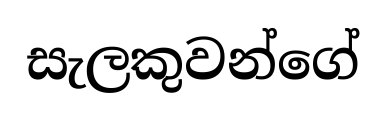
සැලකුවන්ගේ